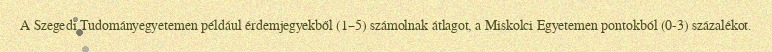
A Szegedi Tudományegyetemen például érdemjegyekből (1–5) számolnak átlagot, a Miskolci Egyetemen pontokból (0-3) százalékot.